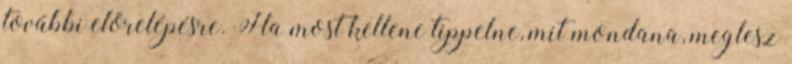
további előrelépésre. Ha most kellene tippelne, mit mondana, meglesz